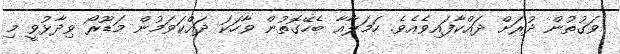
ވަގުތުން ދުރަށް ދައްކާފައިވެއެވެ. ހަމަލާއާ ބެހޭގޮތުން ވާހަކަ ދައްކަވަމުން މަޑޫރޯ ވިދާޅުވީ މި